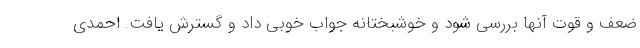
ضعف و قوت آنها بررسی شود و خوشبختانه جواب خوبی داد و گسترش یافت. احمدی